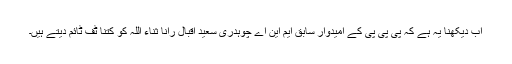
اب دیکھنا یہ ہے کہ پی پی پی کے امیدوار سابق ایم این اے چوہدری سعید اقبال رانا ثناء اللہ کو کتنا ٹف ٹائم دیتے ہیں۔